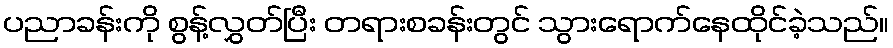
ပညာခန်းကို စွန့်လွှတ်ပြီး တရားစခန်းတွင် သွားရောက်နေထိုင်ခဲ့သည်။